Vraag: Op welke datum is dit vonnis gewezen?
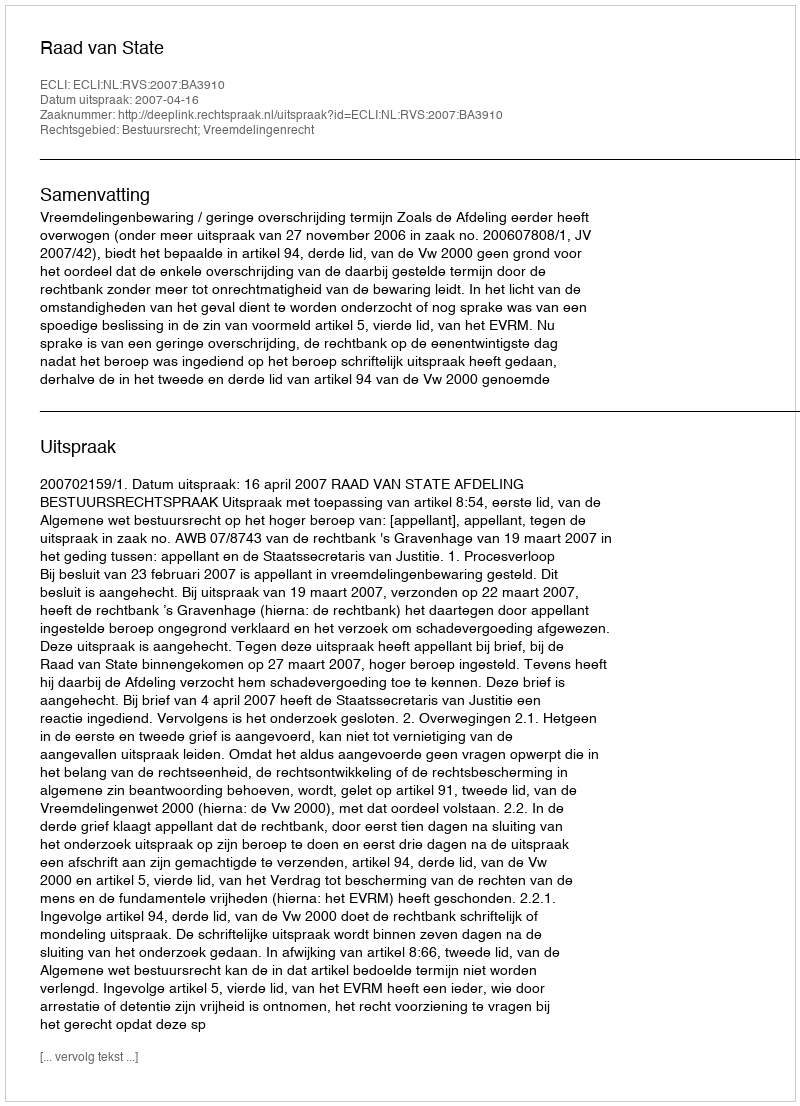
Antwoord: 2007-04-16